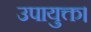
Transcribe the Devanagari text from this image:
उपायुक्त।